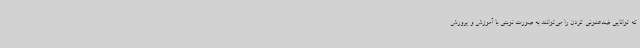
که توانایی ضدعفونی کردن را می‌توانند به صورت نوبتی با آموزش و پرورش